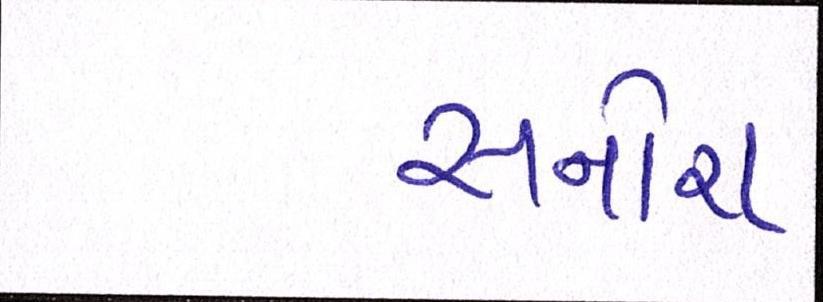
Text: સનોરા